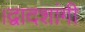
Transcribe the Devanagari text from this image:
।द्वादशांगी